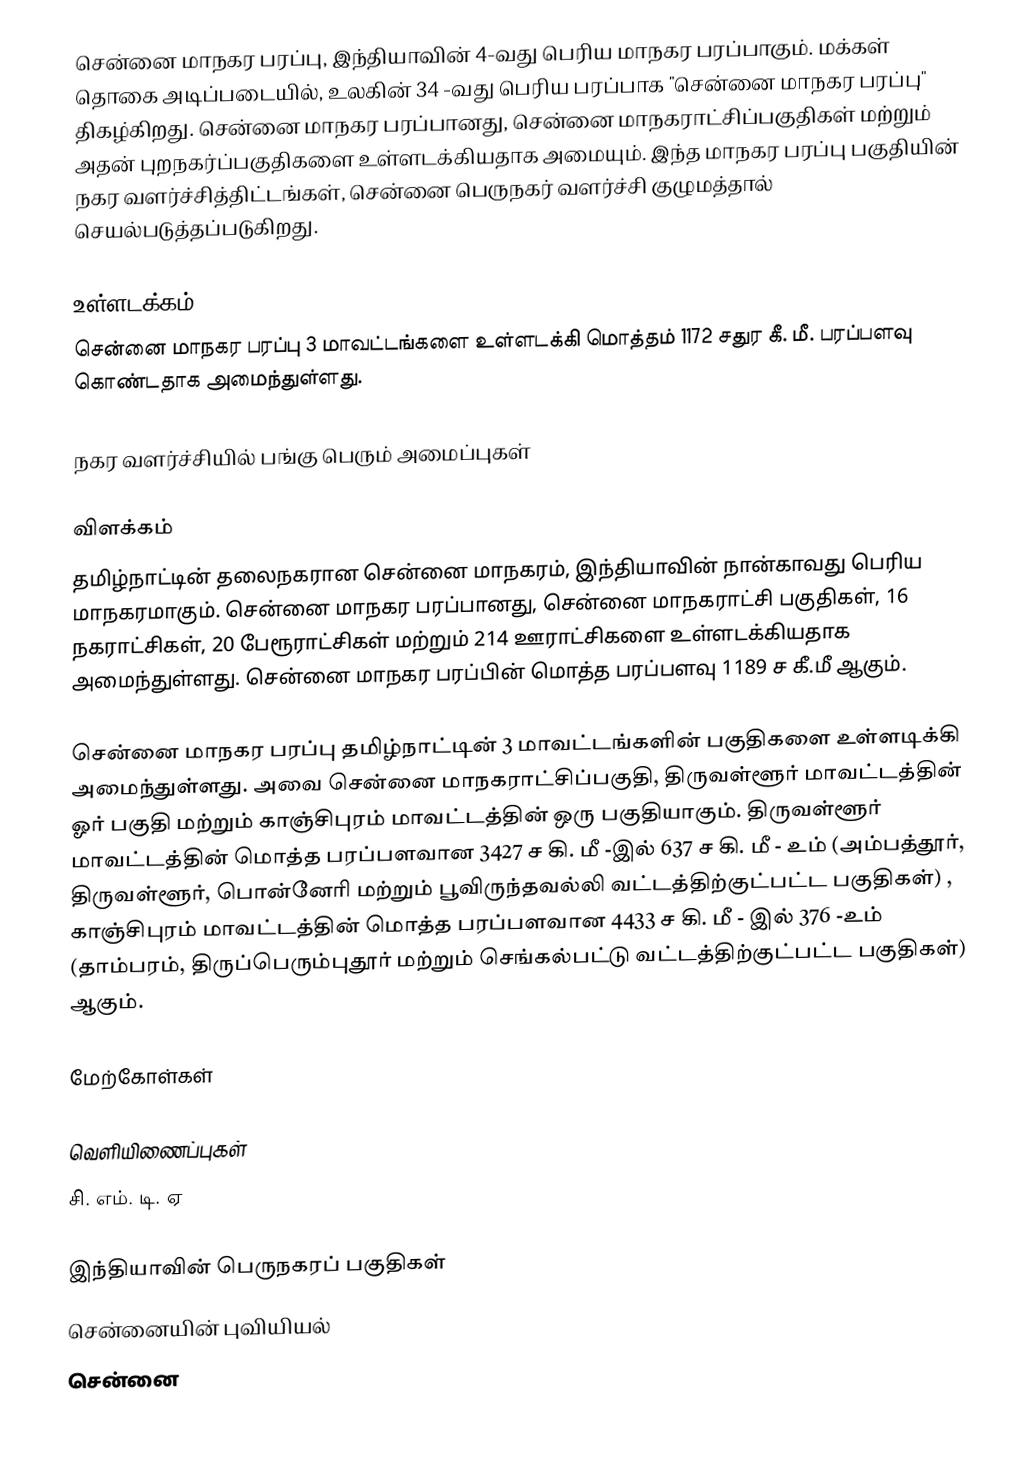
சென்னை மாநகர பரப்பு, இந்தியாவின் 4-வது பெரிய மாநகர பரப்பாகும். மக்கள் தொகை அடிப்படையில், உலகின் 34 -வது பெரிய பரப்பாக "சென்னை மாநகர பரப்பு" திகழ்கிறது. சென்னை மாநகர பரப்பானது, சென்னை மாநகராட்சிப்பகுதிகள் மற்றும் அதன் புறநகர்ப்பகுதிகளை உள்ளடக்கியதாக அமையும். இந்த மாநகர பரப்பு பகுதியின் நகர வளர்ச்சித்திட்டங்கள்,  சென்னை பெருநகர் வளர்ச்சி குழுமத்தால் செயல்படுத்தப்படுகிறது.

உள்ளடக்கம்
சென்னை மாநகர பரப்பு 3 மாவட்டங்களை உள்ளடக்கி மொத்தம் 1172 சதுர கீ. மீ. பரப்பளவு கொண்டதாக அமைந்துள்ளது.

நகர  வளர்ச்சியில் பங்கு பெரும் அமைப்புகள்

விளக்கம்
தமிழ்நாட்டின் தலைநகரான சென்னை மாநகரம், இந்தியாவின் நான்காவது பெரிய மாநகரமாகும். சென்னை மாநகர பரப்பானது, சென்னை மாநகராட்சி பகுதிகள், 16 நகராட்சிகள், 20 பேரூராட்சிகள் மற்றும் 214 ஊராட்சிகளை உள்ளடக்கியதாக அமைந்துள்ளது. சென்னை மாநகர பரப்பின் மொத்த பரப்பளவு 1189 ச கீ.மீ ஆகும்.

சென்னை மாநகர பரப்பு தமிழ்நாட்டின் 3 மாவட்டங்களின் பகுதிகளை உள்ளடிக்கி அமைந்துள்ளது. அவை சென்னை மாநகராட்சிப்பகுதி, திருவள்ளூர் மாவட்டத்தின் ஓர் பகுதி மற்றும் காஞ்சிபுரம் மாவட்டத்தின் ஒரு பகுதியாகும். திருவள்ளூர் மாவட்டத்தின் மொத்த பரப்பளவான 3427 ச கி. மீ -இல் 637 ச கி. மீ - உம் (அம்பத்தூர், திருவள்ளூர், பொன்னேரி மற்றும் பூவிருந்தவல்லி வட்டத்திற்குட்பட்ட பகுதிகள்) , காஞ்சிபுரம் மாவட்டத்தின் மொத்த பரப்பளவான 4433  ச கி. மீ - இல் 376 -உம் (தாம்பரம், திருப்பெரும்புதூர் மற்றும் செங்கல்பட்டு  வட்டத்திற்குட்பட்ட பகுதிகள்) ஆகும்.

மேற்கோள்கள்

வெளியிணைப்புகள்
சி. எம். டி. ஏ

இந்தியாவின் பெருநகரப் பகுதிகள்
சென்னையின் புவியியல்
சென்னை